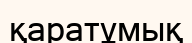
қаратұмық